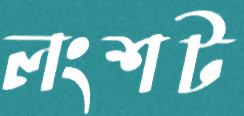
লংশট